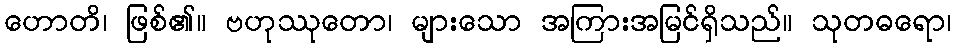
ဟောတိ၊ ဖြစ်၏။ ဗဟုဿုတော၊ များသော အကြားအမြင်ရှိသည်။ သုတဓရော၊